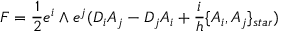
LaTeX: { \cal { F } } = \frac { 1 } { 2 } e ^ { i } \wedge e ^ { j } ( D _ { i } { \cal { A } } _ { j } - D _ { j } { \cal { A } } _ { i } + \frac { i } { h } \{ { \cal { A } } _ { i } , { \cal { A } } _ { j } \} _ { s t a r } )